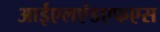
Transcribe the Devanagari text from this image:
आईएलएंडएफएस